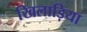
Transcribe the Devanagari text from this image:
खिलाड़िया